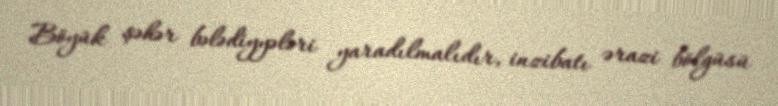
Böyük şəhər bələdiyyələri yaradılmalıdır, inzibatı ərazi bölgüsü